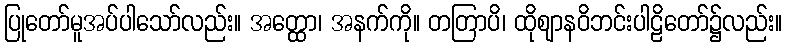
ပြုတော်မူအပ်ပါသော်လည်း။ အတ္ထော၊ အနက်ကို။ တတြာပိ၊ ထိုဈာနဝိဘင်းပါဠိတော်၌လည်း။